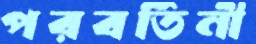
পরবর্তিনী